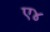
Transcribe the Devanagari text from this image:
ए४